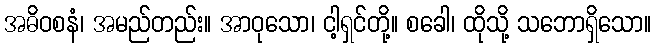
အဓိဝစနံ၊ အမည်တည်း။ အာဝုသော၊ ငါ့ရှင်တို့။ စခေါ၊ ထိုသို့ သဘောရှိသော။